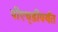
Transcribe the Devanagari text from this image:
पीएच्‌डीपर्यंत